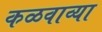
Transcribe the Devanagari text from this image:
कळवाव्या